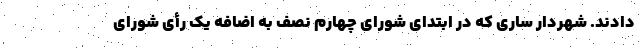
دادند. شهردار ساری که در ابتدای شورای چهارم نصف به اضافه یک رأی شورای